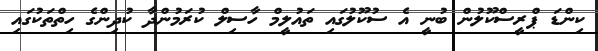
ކިންޑަ ޕްރީސްކޫލުން ބުނީ އެ ސުކޫލުގައި ތައުލީމް ހާސިލް ކުރަމުންދާ ކުދިންގެ ހިތްތަކުގައި